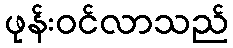
ဖုန်းဝင်လာသည်